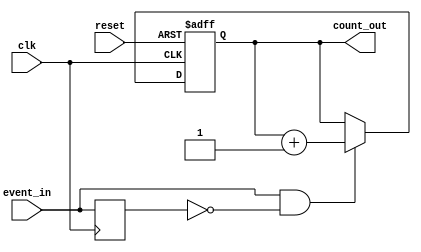
module event_triggered_counter (
    input wire clk,          // Clock signal
    input wire reset,        // Asynchronous reset signal
    input wire event_in,     // Event signal
    output reg [15:0] count_out // Count value output (16-bit wide)
);

// Internal signal for edge detection
reg event_in_prev;

// Asynchronous reset and counting mechanism
always @(posedge clk or posedge reset) begin
    if (reset) begin
        count_out <= 16'b0; // Reset the count to zero
    end else begin
        // Edge detection: increment count on rising edge of event_in
        if (event_in && !event_in_prev) begin
            count_out <= count_out + 1; // Increment count
        end
    end
end

// Update previous event signal for edge detection
always @(posedge clk) begin
    event_in_prev <= event_in; // Store current event_in for next clock cycle
end

endmodule